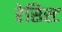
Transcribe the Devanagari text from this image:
रेसिस्ट